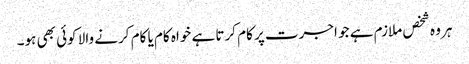
ہر وہ شخص ملازم ہے جو اجرت پر کام کرتا ہے خواہ کام یا کام کرنے والا کوئی بھی ہو۔